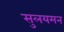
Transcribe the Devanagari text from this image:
सुलयमन